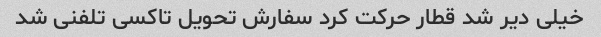
خیلی دیر شد قطار حرکت کرد سفارش تحویل تاکسی تلفنی شد